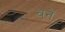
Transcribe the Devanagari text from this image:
वनें